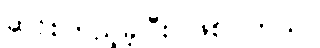
ဆင်းကြည့်ခဲ့ပြီး ဖြစ်ပါတယ်။